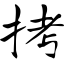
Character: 拷